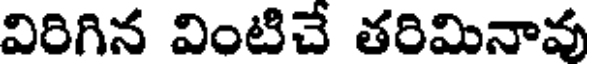
విరిగిన వింటిచే తరిమినావు